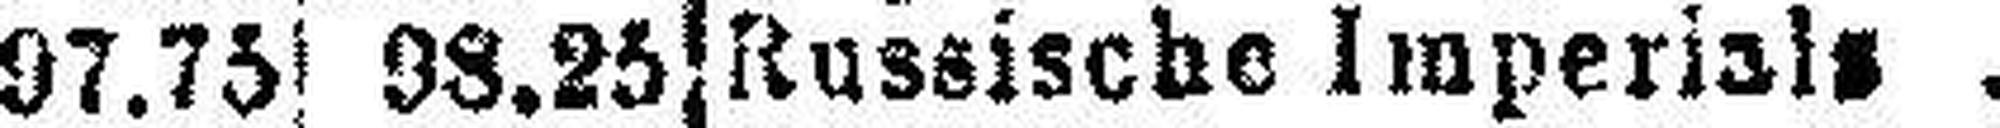
Russische Imperisl###